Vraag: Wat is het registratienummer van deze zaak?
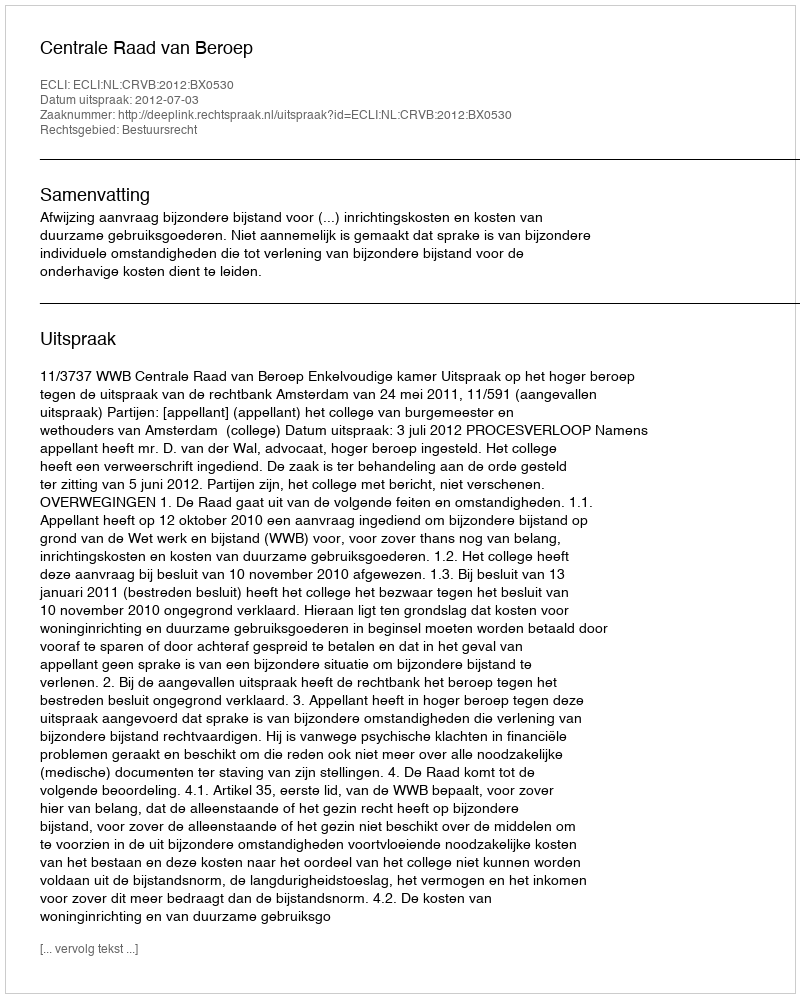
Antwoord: http://deeplink.rechtspraak.nl/uitspraak?id=ECLI:NL:CRVB:2012:BX0530